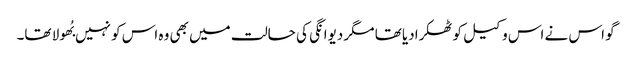
گو اس نے اس وکیل کو ٹھکرادیا تھا مگر دیوانگی کی حالت میں بھی وہ اس کو نہیں بُھولا تھا۔